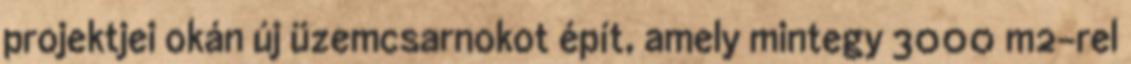
projektjei okán új üzemcsarnokot épít, amely mintegy 3000 m2-rel